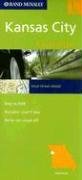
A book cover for Easyfinder Kansas City: Local (Rand McNally Easyfinder); Rand Mcnally; Travel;